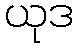
ယုဒ